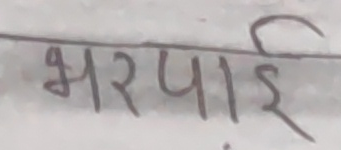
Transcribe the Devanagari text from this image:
भरपाई